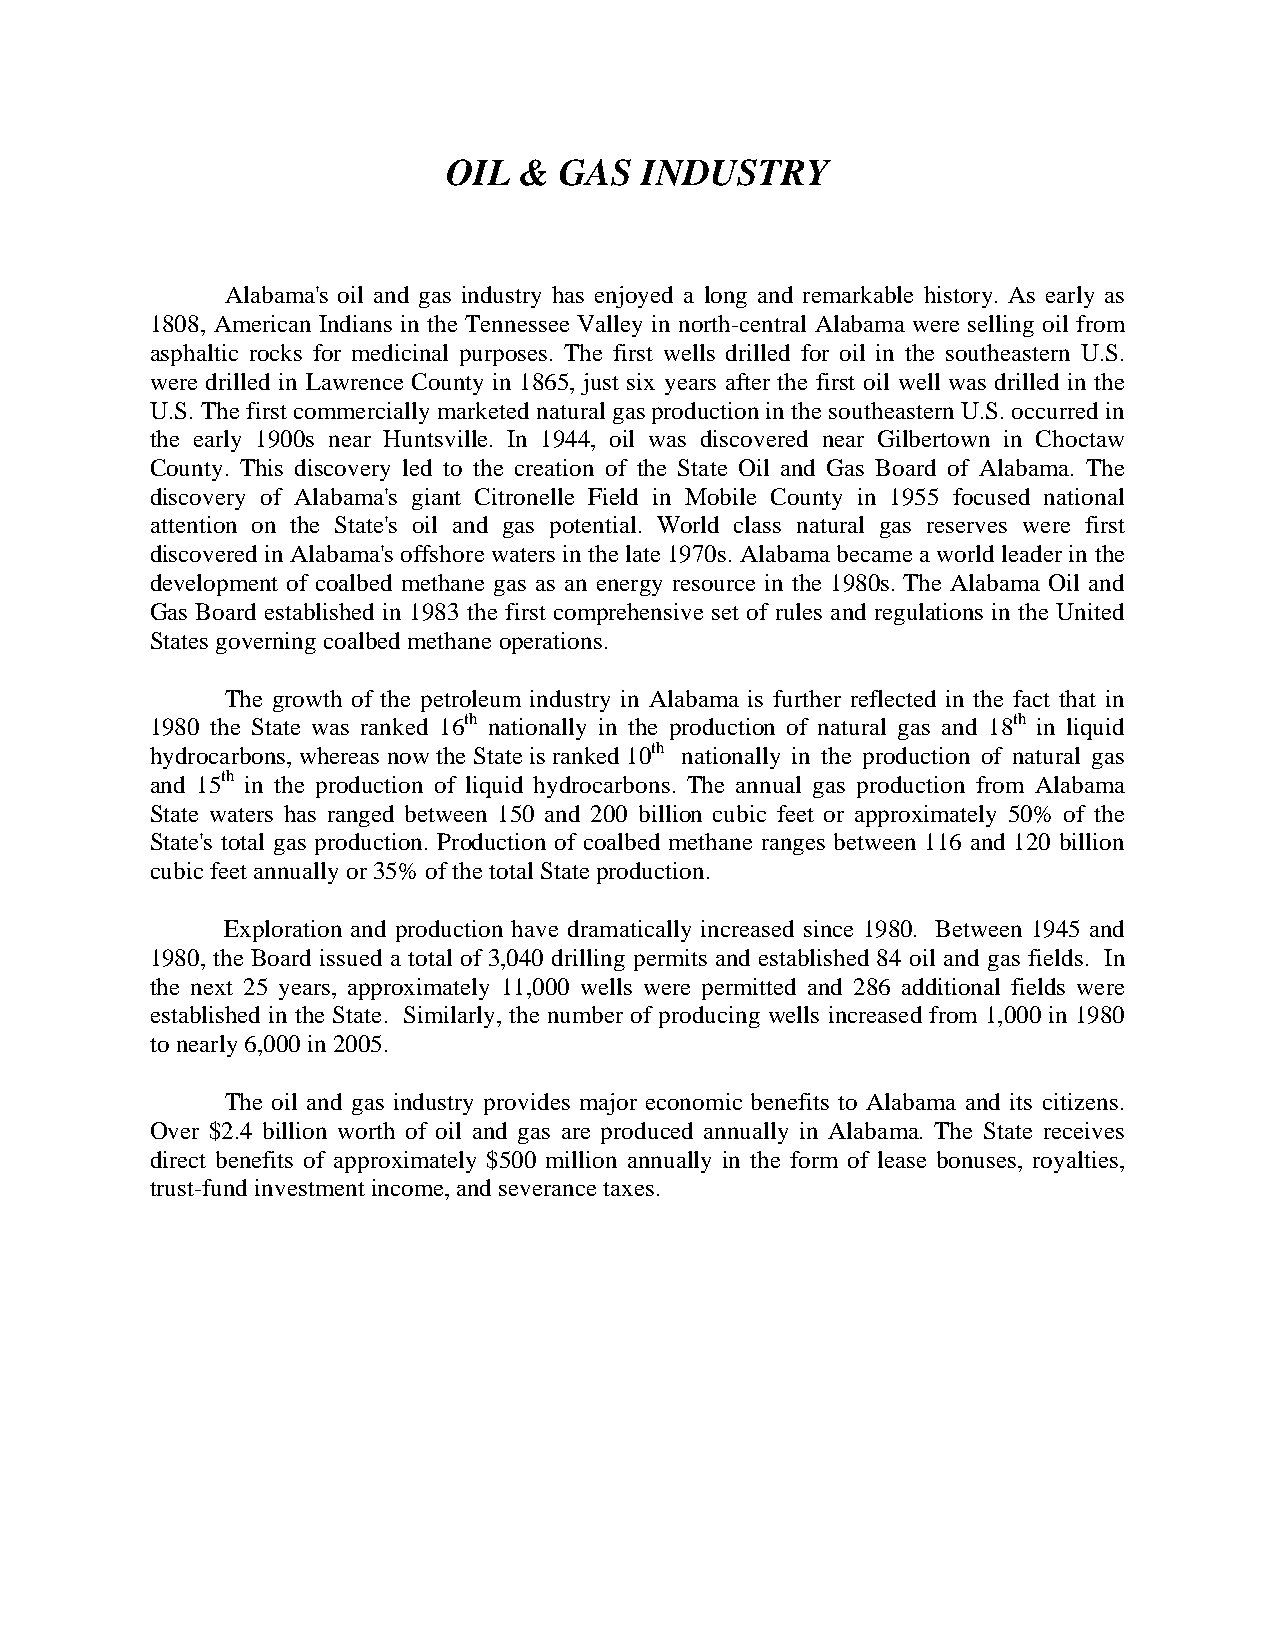
OIL &  GAS  INDUSTRY
 Alabama's oil and gas industry has enjoyed a long and remarkable history. As early as
 1808, American Indians in the Tennessee Valley in north-central Alabama were selling oil from
 asphaltic rocks for medicinal purposes. The first wells drilled for oil in the southeastern U.S.
 were drilled in Lawrence County in 1865, just six years after the first oil well was drilled in the
 U.S. The first commercially marketed natural gas production in the southeastern U.S. occurred in
 the early 1900s near Huntsville. In 1944, oil was discovered near Gilbertown in Choctaw
 County. This discovery led to the creation of the State Oil and Gas Board of Alabama. The
 discovery of Alabama's giant Citronelle Field in Mobile County in 1955 focused national
 attention on the State's oil and gas potential. World class natural gas reserves were first
 discovered in Alabama's offshore waters in the late 1970s. Alabama became a world leader in the
 development of coalbed methane gas as an energy resource in the 1980s. The Alabama Oil and
 Gas Board established in 1983 the first comprehensive set of rules and regulations in the United
 States governing coalbed methane operations.
 The growth of the petroleum industry in Alabama is further reflected in the fact that in
 1980 the State was ranked 16th nationally in the production of natural gas and 18th in liquid
 hydrocarbons, whereas now the State is ranked 10th nationally in the production of natural gas
 and 15th in the production of liquid hydrocarbons. The annual gas production from Alabama
 State waters has ranged between 150 and 200 billion cubic feet or approximately 50% of the
 State's total gas production. Production of coalbed methane ranges between 116 and 120 billion
 cubic feet annually or 35% of the total State production.
 Exploration and production have dramatically increased since 1980. Between 1945 and
 1980, the Board issued a total of 3,040 drilling permits and established 84 oil and gas fields. In
 the next 25 years, approximately 11,000 wells were permitted and 286 additional fields were
 established in the State. Similarly, the number of producing wells increased from 1,000 in 1980
 to nearly 6,000 in 2005.
 The oil and gas industry provides major economic benefits to Alabama and its citizens.
 Over $2.4 billion worth of oil and gas are produced annually in Alabama. The State receives
 direct benefits of approximately $500 million annually in the form of lease bonuses, royalties,
 trust-fund investment income, and severance taxes.